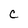
Character: C